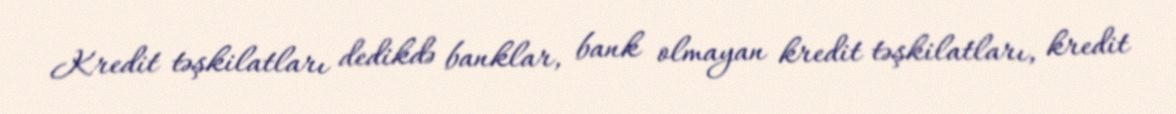
Kredit təşkilatları dedikdə banklar, bank olmayan kredit təşkilatları, kredit